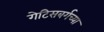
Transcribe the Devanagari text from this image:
गेटिसबर्गच्या